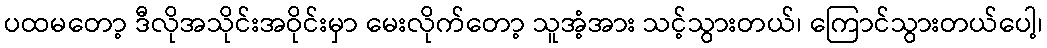
ပထမတော့ ဒီလိုအသိုင်းအဝိုင်းမှာ မေးလိုက်တော့ သူအံ့အား သင့်သွားတယ်၊ ကြောင်သွားတယ်ပေါ့၊